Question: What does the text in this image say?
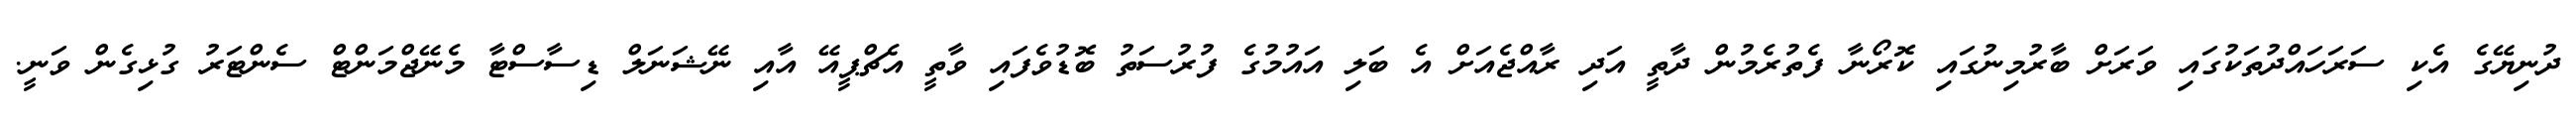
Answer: ދުނިޔޭގެ އެކި ސަރަހައްދުތަކުގައި ވަރަށް ބާރުމިނުގައި ކޮރޯނާ ފެތުރެމުން ދާތީ އަދި ރާއްޖެއަށް އެ ބަލި އައުމުގެ ފުރުސަތު ބޮޑުވެފައި ވާތީ އެޗްޕީއޭ އާއި ނޭޝަނަލް ޑިސާސްޓާ މެނޭޖްމަންޓް ސެންޓަރު ގުޅިގެން ވަނީ.